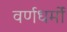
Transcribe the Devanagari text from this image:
वर्णधर्मों